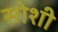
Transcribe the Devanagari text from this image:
सोशी